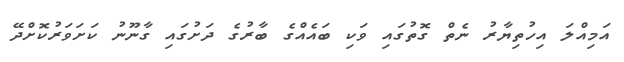
އަމިއްލަ އިހުތިޔާރު ނެތް ގޮތުގައި ވަކި ބައެއްގެ ބާރުގެ ދަށުގައި ގާނޫނު ކަށަވަރުކޮށްދޭ